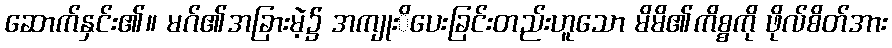
ဆောက်နှင်း၏။ မဂ်၏အခြားမဲ့၌ အကျုးိပေးခြင်းတည်းဟူသော မိမိ၏ကိစ္စကို ဖိုလ်စိတ်အား